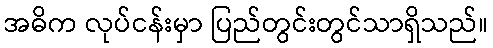
အဓိက လုပ်ငန်းမှာ ပြည်တွင်းတွင်သာရှိသည်။